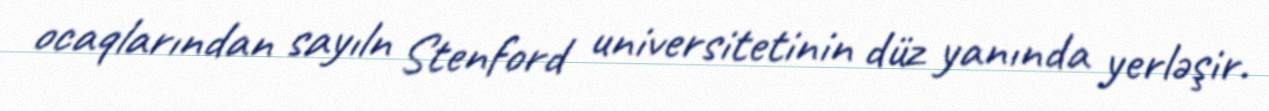
ocaqlarından sayıln Stenford universitetinin düz yanında yerləşir.